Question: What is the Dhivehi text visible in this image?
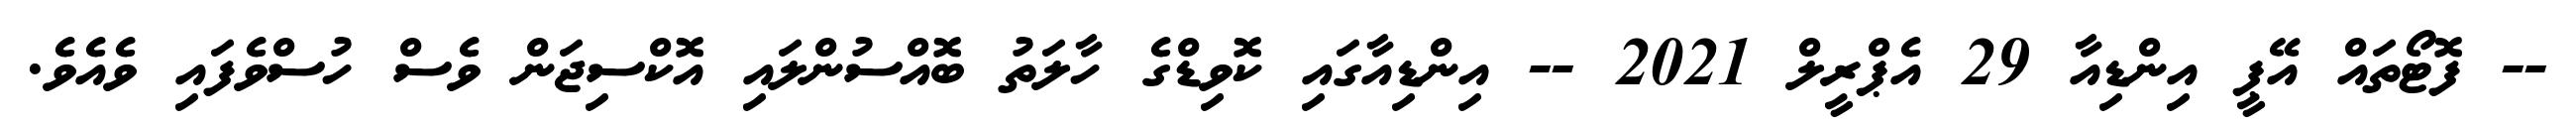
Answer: -- ފޮޓޯތައް އޭޕީ އިންޑިއާ 29 އެޕްރީލް 2021 -- އިންޑިއާގައި ކޮވިޑްގެ ހާލަތު ބޮއްސުންލައި އޮކްސިޖަން ވެސް ހުސްވެފައި ވެއެވެ.